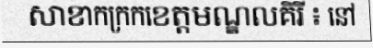
សាខាកក្រកខេត្តមណ្ឌលគិរី ៖ នៅ